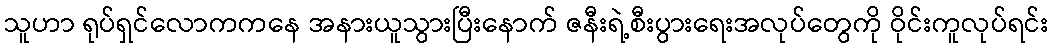
သူဟာ ရုပ်ရှင်လောကကနေ အနားယူသွားပြီးနောက် ဇနီးရဲ့စီးပွားရေးအလုပ်တွေကို ဝိုင်းကူလုပ်ရင်း